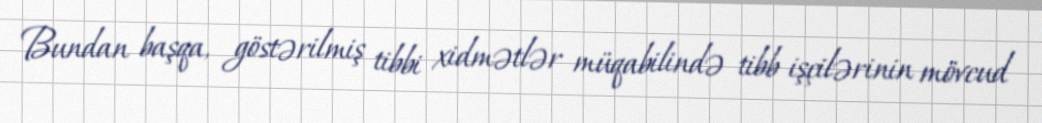
Bundan başqa, göstərilmiş tibbi xidmətlər müqabilində tibb işçilərinin mövcud